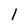
Character: 1